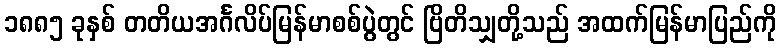
၁၈၈၅ ခုနှစ် တတိယအင်္ဂလိပ်မြန်မာစစ်ပွဲတွင် ဗြိတိသျှတို့သည် အထက်မြန်မာပြည်ကို